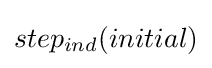
step_{ind}(initial)